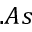
. A s